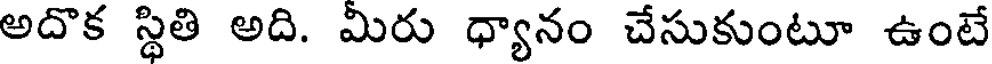
అదొక స్థితి అది. మీరు ధ్యానం చేసుకుంటూ ఉంటే